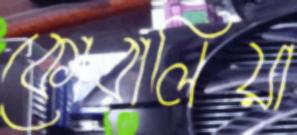
কোরালিয়া